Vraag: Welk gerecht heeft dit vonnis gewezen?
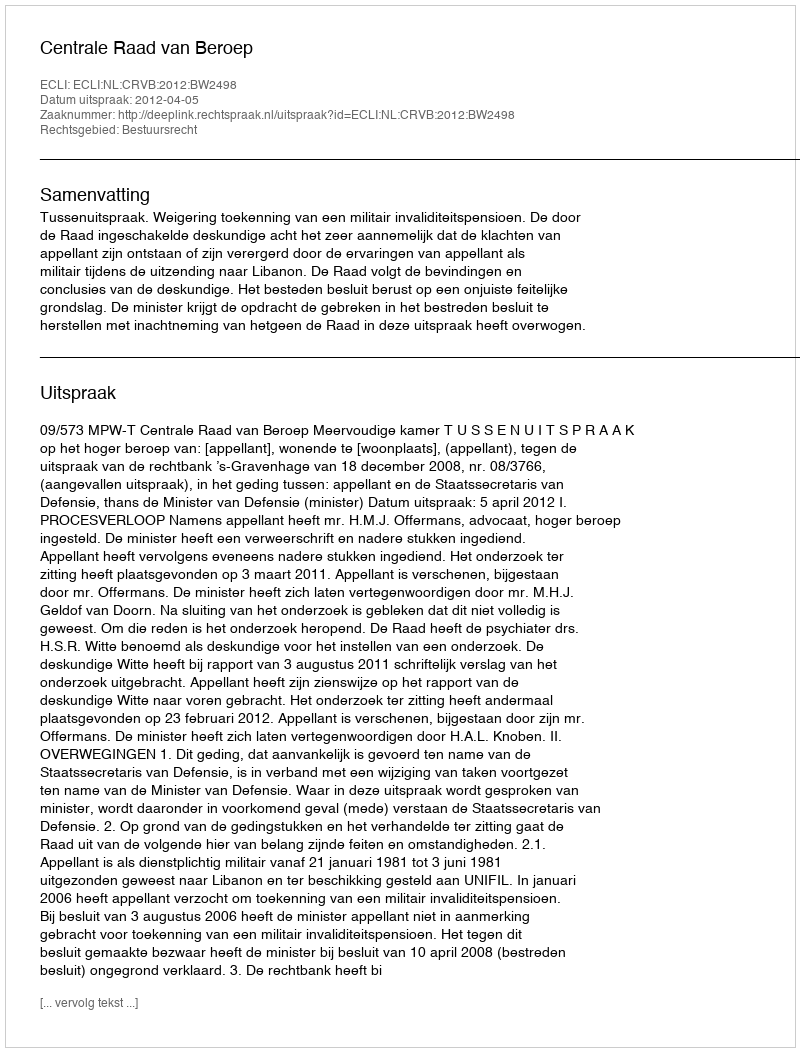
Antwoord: Centrale Raad van Beroep